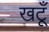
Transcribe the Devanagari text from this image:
खटूँ